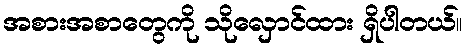
အစားအစာတွေကို သိုလှောင်ထား ရှိပါတယ်။